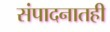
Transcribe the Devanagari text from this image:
संपादनातही